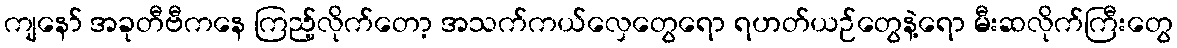
ကျနော် အခုတီဗီကနေ ကြည့်လိုက်တော့ အသက်ကယ်လှေတွေရော ရဟတ်ယဉ်တွေနဲ့ရော မီးဆလိုက်ကြီးတွေ